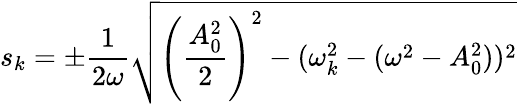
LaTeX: s_{k}=\pm{\frac{1}{2\omega}}\sqrt{\left({\frac{A_{0}^{2}}{2}}\right)^{2}-(\omega_{k}^{2}-(\omega^{2}-A_{0}^{2}))^{2}}